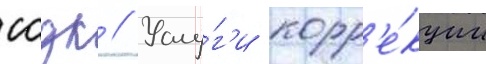
ссдк // Услу́г'и корр'е́кции